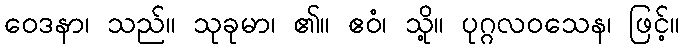
ဝေဒနာ၊ သည်။ သုခုမာ၊ ၏။ ဧဝံ၊ သို့။ ပုဂ္ဂလဝသေန၊ ဖြင့်။